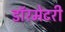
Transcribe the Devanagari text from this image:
डॉरमेटरी